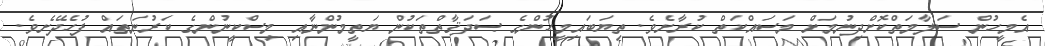
އެމީހުން ސަލާމަތްކޮށްދިނުމަށް މަސައްކަތް ކުރާށެވެ. ތިޔަބައިމީހުންގެ ޞަދަޤާތްތަކުން ޔަތީމުންނާއި މިސްކީނުންގެ ކަރުނަތައް ފުހެދޭށެވެ.